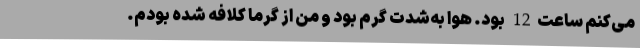
می‌کنم ساعت12 بود. هوا به‌شدت گرم بود و من از گرما کلافه شده بودم.